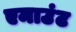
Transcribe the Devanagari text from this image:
एमाउंट